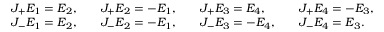
\! \begin{array} { r l r l r l } { J _ { + } E _ { 1 } = E _ { 2 } , } & { \quad J _ { + } E _ { 2 } = - E _ { 1 } , } & & { J _ { + } E _ { 3 } = E _ { 4 } , } & & { J _ { + } E _ { 4 } = - E _ { 3 } , } \\ { J _ { - } E _ { 1 } = E _ { 2 } , } & { \quad J _ { - } E _ { 2 } = - E _ { 1 } , } & & { J _ { - } E _ { 3 } = - E _ { 4 } , } & & { J _ { - } E _ { 4 } = E _ { 3 } . } \end{array}